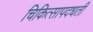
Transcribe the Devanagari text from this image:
चिकित्सापदधती